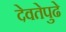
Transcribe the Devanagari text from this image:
देवतेपुढे